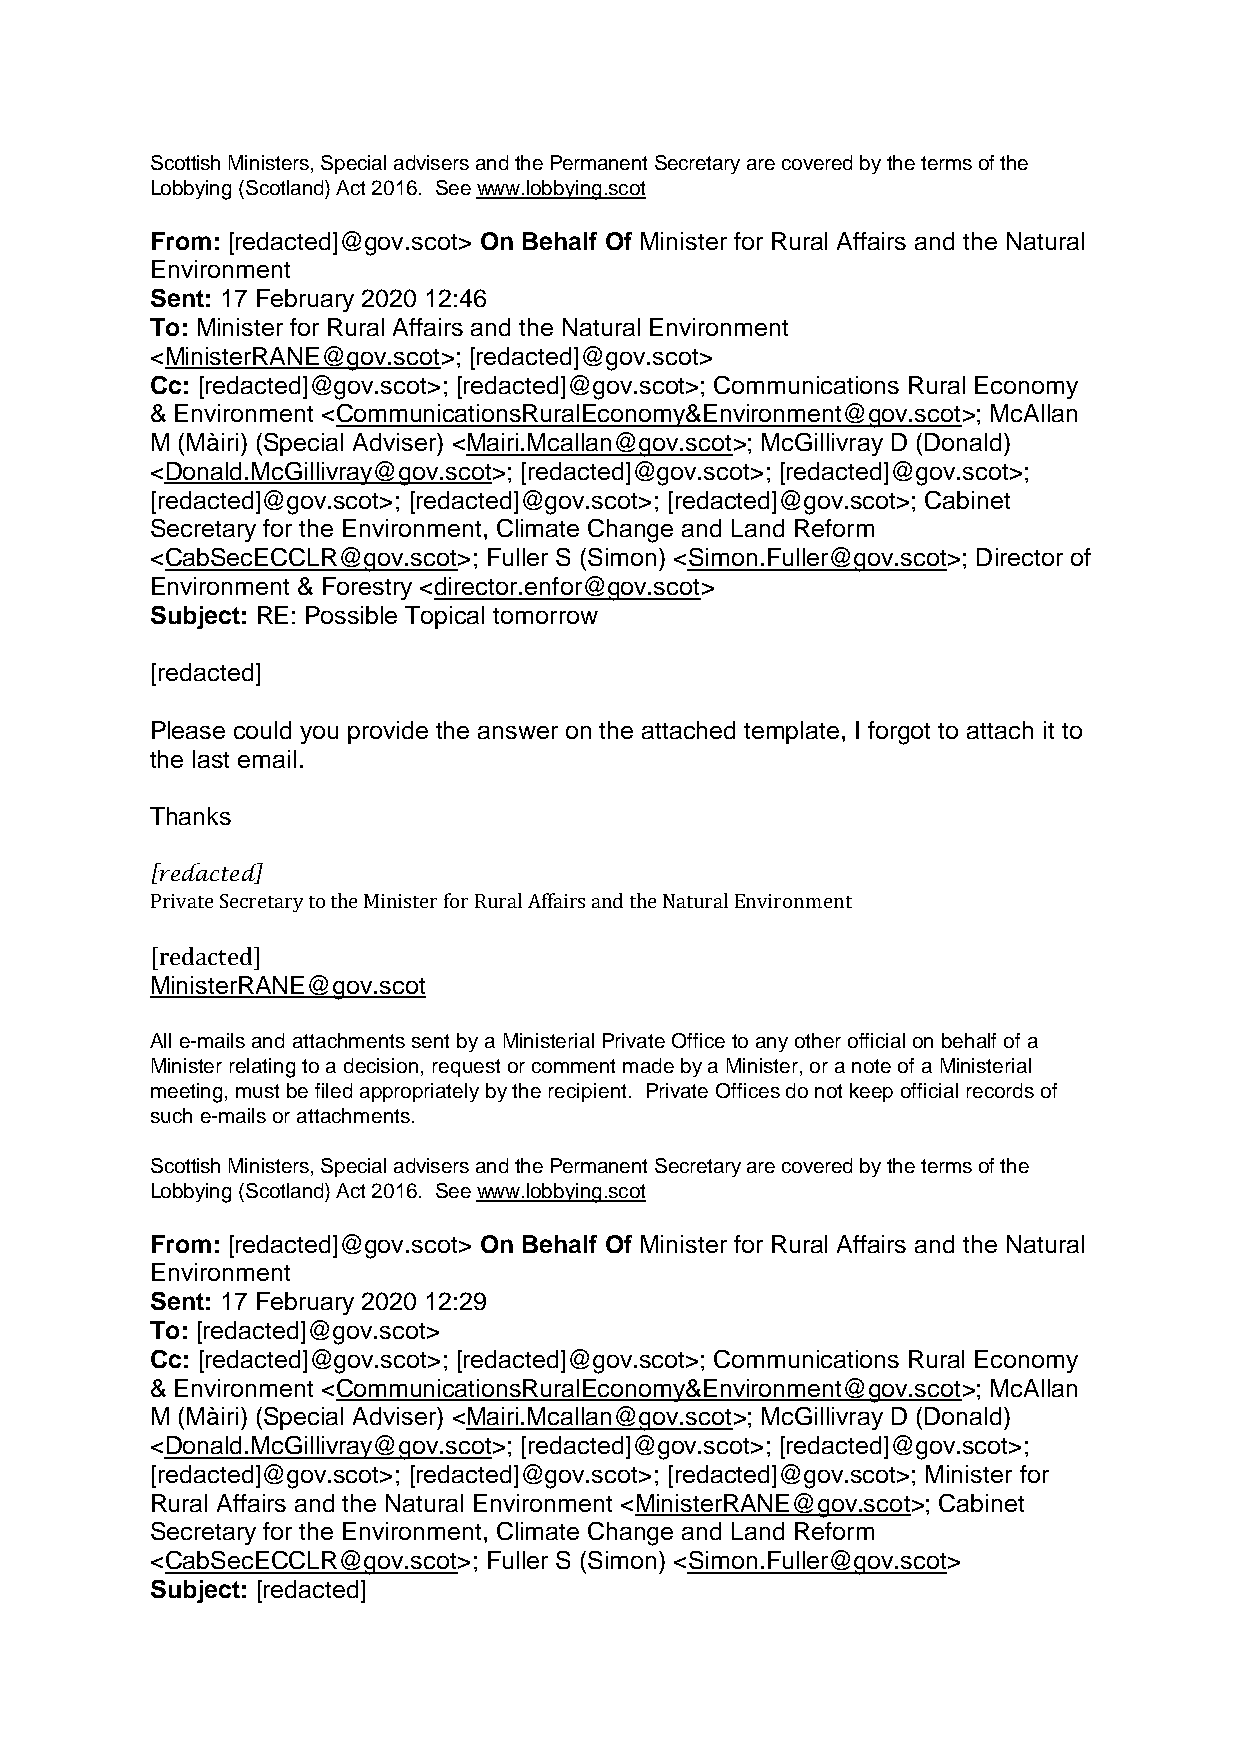
Scottish Ministers, Special advisers and the Permanent Secretary are covered by the terms of the
 Lobbying (Scotland) Act 2016. See www.lobbying.scot
 From: [redacted]@gov.scot> On Behalf Of Minister for Rural Affairs and the Natural
 Environment
 Sent: 17 February 2020 12:46
 To: Minister for Rural Affairs and the Natural Environment
 <MinisterRANE@gov.scot>; [redacted]@gov.scot>
 Cc: [redacted]@gov.scot>; [redacted]@gov.scot>; Communications Rural Economy
 & Environment <CommunicationsRuralEconomy&Environment@gov.scot>; McAllan
 M (Màiri) (Special Adviser) <Mairi.Mcallan@gov.scot>; McGillivray D (Donald)
 <Donald.McGillivray@gov.scot>; [redacted]@gov.scot>; [redacted]@gov.scot>;
 [redacted]@gov.scot>; [redacted]@gov.scot>; [redacted]@gov.scot>; Cabinet
 Secretary for the Environment, Climate Change and Land Reform
 <CabSecECCLR@gov.scot>; Fuller S (Simon) <Simon.Fuller@gov.scot>; Director of
 Environment & Forestry <director.enfor@gov.scot>
 Subject: RE: Possible Topical tomorrow
 [redacted]
 Please could you provide the answer on the attached template, I forgot to attach it to
 the last email.
 Thanks
 [redacted]
 Private Secretary to the Minister for Rural Affairs and the Natural Environment
 [redacted]
 MinisterRANE@gov.scot
 All e-mails and attachments sent by a Ministerial Private Office to any other official on behalf of a
 Minister relating to a decision, request or comment made by a Minister, or a note of a Ministerial
 meeting, must be filed appropriately by the recipient. Private Offices do not keep official records of
 such e-mails or attachments.
 Scottish Ministers, Special advisers and the Permanent Secretary are covered by the terms of the
 Lobbying (Scotland) Act 2016. See www.lobbying.scot
 From: [redacted]@gov.scot> On Behalf Of Minister for Rural Affairs and the Natural
 Environment
 Sent: 17 February 2020 12:29
 To: [redacted]@gov.scot>
 Cc: [redacted]@gov.scot>; [redacted]@gov.scot>; Communications Rural Economy
 & Environment <CommunicationsRuralEconomy&Environment@gov.scot>; McAllan
 M (Màiri) (Special Adviser) <Mairi.Mcallan@gov.scot>; McGillivray D (Donald)
 <Donald.McGillivray@gov.scot>; [redacted]@gov.scot>; [redacted]@gov.scot>;
 [redacted]@gov.scot>; [redacted]@gov.scot>; [redacted]@gov.scot>; Minister for
 Rural Affairs and the Natural Environment <MinisterRANE@gov.scot>; Cabinet
 Secretary for the Environment, Climate Change and Land Reform
 <CabSecECCLR@gov.scot>; Fuller S (Simon) <Simon.Fuller@gov.scot>
 Subject: [redacted]